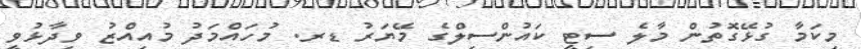
މިކަމާ ގުޅޭގޮތުން މާލެ ސިޓީ ކައުންސިލްގެ މޭޔަރު ޑރ. މުހައްމަދު މުއިއްޒު ވިދާޅުވީ